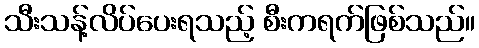
သီးသန့်လိပ်ပေးရသည့် စီးကရက်ဖြစ်သည်။